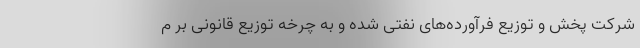
شرکت پخش و توزیع فرآورده‌های نفتی شده و به چرخه توزیع قانونی بر م